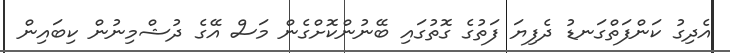
އެދިގު ކަންފަތްގަނޑު ދެފިޔަ ފަތުގެ ގޮތުގައި ބޭނުންކޮށްގެން މަސް އޭގެ ދުޝްމިނުން ކިބައިން